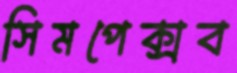
সিমপেক্সব